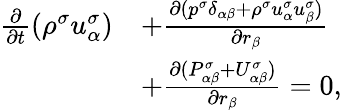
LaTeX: \begin{array}{r}{\begin{array}{rl}{\frac{\partial}{\partial t}(\rho^{\sigma}u_{\alpha}^{\sigma})}&{+\frac{\partial(p^{\sigma}\delta_{\alpha\beta}+\rho^{\sigma}u_{\alpha}^{\sigma}u_{\beta}^{\sigma})}{\partial r_{\beta}}}\\ &{+\frac{\partial(P_{\alpha\beta}^{\sigma}+U_{\alpha\beta}^{\sigma})}{\partial r_{\beta}}=0,}\end{array}}\end{array}